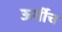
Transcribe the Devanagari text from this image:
ऊर्मीच